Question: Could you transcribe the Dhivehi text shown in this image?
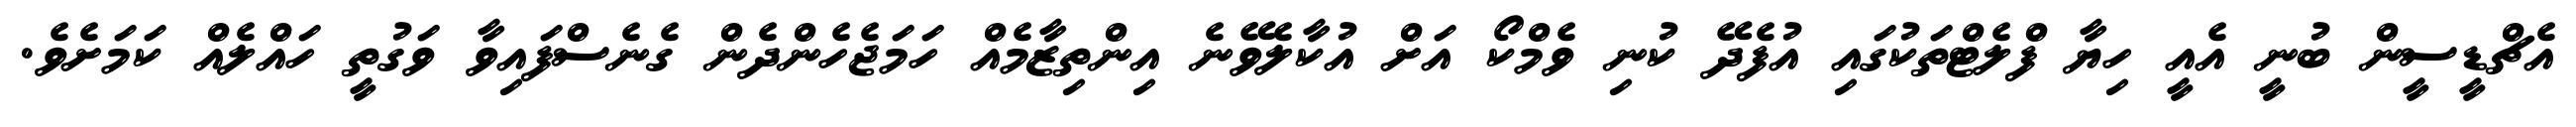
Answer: އެޗްޑީސީން ބުނީ އެއީ ހިޔާ ފްލެޓްތަކުގައި އުފެދޭ ކުނި ވެމްކޯ އަށް އުކާލެވޭނެ އިންތިޒާމެއް ހަމަޖެހެންދެން ގެނެސްފައިވާ ވަގުތީ ހައްލެއް ކަމަށެވެ.